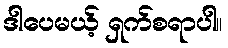
ဒါပေမယ့် ရှက်စရာပါ။